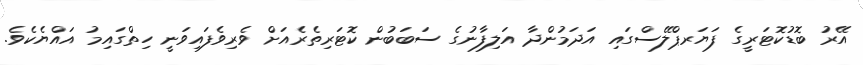
އޭރު ބޮޑުކޮޓަރީގެ ފަޔަރޕްލޭސްގައި އަދަމުންދާ އަލިފާނުގެ ސަބަބުން ކޮޓަރިތެރެއަށް ވެރިވެފައިވަނީ ހިތްގައިމު އައްޔެކެވެ.